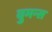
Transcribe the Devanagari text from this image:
वुमन्स